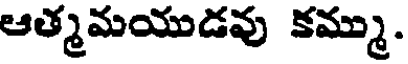
ఆత్మమయుడవు కమ్ము.